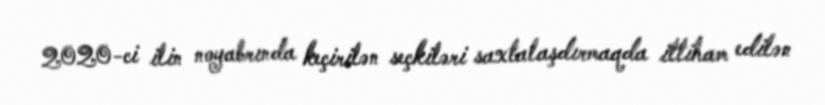
2020-ci ilin noyabrında keçirilən seçkiləri saxtalaşdırmaqda ittiham edilən